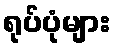
ရုပ်ပုံများ